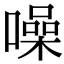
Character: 噪